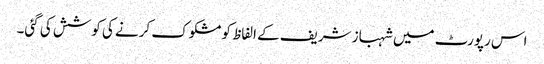
اس رپورٹ میں شہباز شریف کے الفاظ کو مشکوک کرنے کی کوشش کی گئی۔